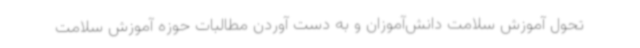
تحول آموزش سلامت دانش‌آموزان و به دست آوردن مطالبات حوزه آموزش سلامت